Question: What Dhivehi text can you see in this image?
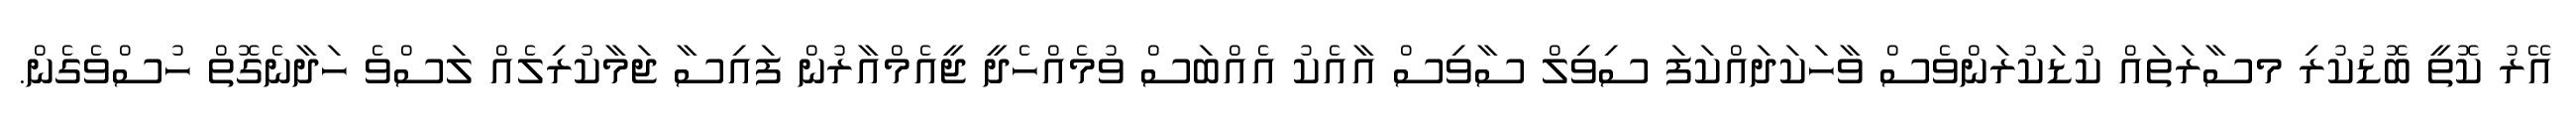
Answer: އޭރު ކޮތީ ބޮޑުކުރި މސާރަތައް ކުޑަކުރަންވެސް ވާހަކަދައްކަފަ ސިވިލް ސާވިސް އާއެކު އެއްބަސް ވުމެއްހެދީ ޖީއެމްއާރުން ފައިސާ ޖަމާކުރިލެއް ލަސްވެ ހަދާނެގޮތް ހުސްވެގެން.